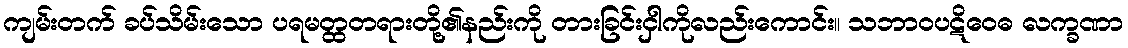
ကျမ်းတက် ခပ်သိမ်းသော ပရမတ္ထတရားတို့၏နည်းကို တားခြင်းငှါကိုလည်းကောင်း။ သဘာဝပဋိဝေဓ လက္ခဏာ